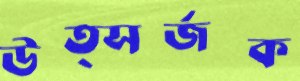
উত্সর্জক